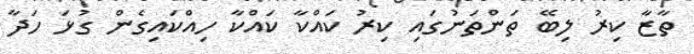
ތާޒާ ކިރު ލިބޭ ތަންތަނުގައި ކިރު ކައްކާ ކައްކާ ހިއްކައިގެން ގުޅަ ހަދާ